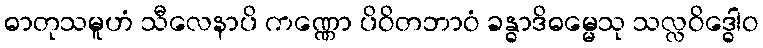
ဓာတုသမူဟံ သီလေနာပိ ကဏ္ဏော ပိဝိတဘာဝံ ခန္ဓာဒိဓမ္မေသု သလ္လဝိဒ္ဓေါဝ